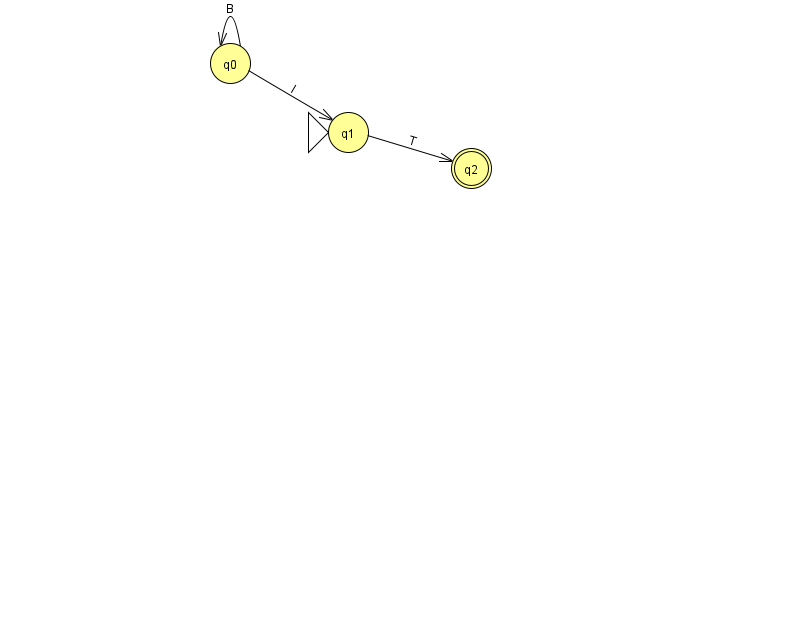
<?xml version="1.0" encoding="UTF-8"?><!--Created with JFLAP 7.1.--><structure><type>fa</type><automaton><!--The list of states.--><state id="0" name="q0"><x>230.0</x><y>50.0</y></state><state id="1" name="q1"><x>348.0</x><y>119.0</y><initial/></state><state id="2" name="q2"><x>471.0</x><y>155.0</y><final/></state><!--The list of transitions.--><transition><from>1</from><to>2</to><read>T</read></transition><transition><from>0</from><to>0</to><read>B</read></transition><transition><from>0</from><to>1</to><read>I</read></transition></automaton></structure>